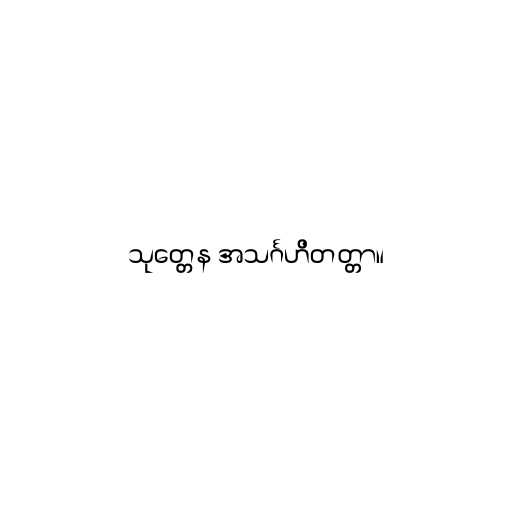
သုတ္တေန အသင်္ဂဟိတတ္တာ။